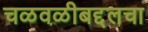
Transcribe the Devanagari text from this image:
चळवळीबद्दलचा